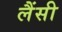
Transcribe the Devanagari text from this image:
लैंसी